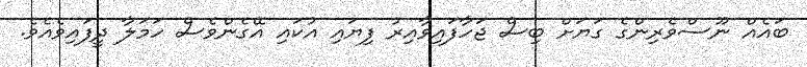
ބައެއް ނޫސްވެރިންގެ ގަޔަށް ބިސް ޖަހާފައިވާއިރު ފިޔައި އުކައި އޭގެންވެސް ހަމަލާ ދީފައިވެއެވެ.